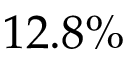
1 2 . 8 \%